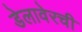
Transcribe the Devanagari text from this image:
डेलावेरची